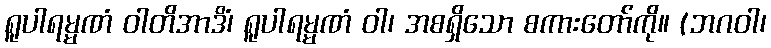
ရူပါရမ္မဏံ ဝါတိအာဒိံ၊ ရူပါရမ္မဏံ ဝါ၊ အစရှိသော စကားတော်ကို။ (ဘဂဝါ၊